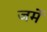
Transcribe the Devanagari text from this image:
जर्मे